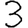
Digit: 3